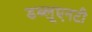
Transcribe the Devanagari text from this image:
डब्लूएनटी